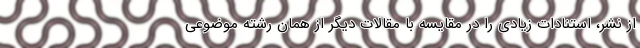
از نشر، استنادات زیادی را در مقایسه با مقالات دیگر از همان رشته موضوعی